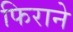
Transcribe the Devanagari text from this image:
फिराने